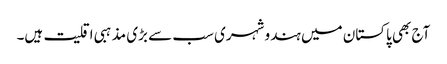
آج بھی پاکستان میں ہندو شہری سب سے بڑی مذہبی اقلیت ہیں۔